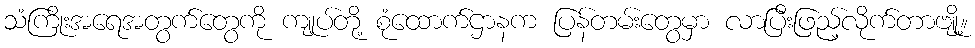
သံကြိုးအရေအတွက်တွေကို ကျုပ်တို့ စုံထောက်ဌာနက ပြန်တမ်းတွေမှာ လာပြီးဖြည့်လိုက်တာဗျို့။